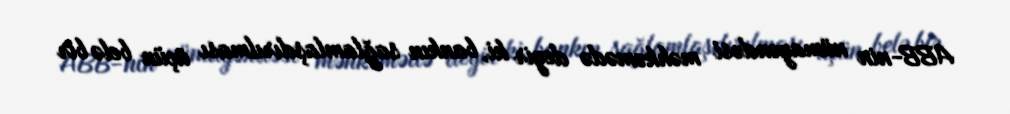
ABB-nin nümayəndəsi məhkəmədə deyir ki, bankın sağlamlaşdırılması üçün belə bir